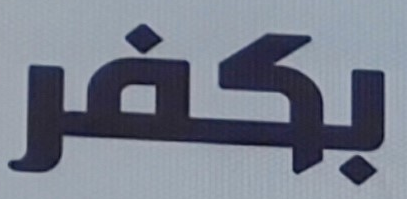
بكفر